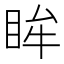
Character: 眸